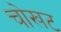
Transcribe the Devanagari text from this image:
चोखट